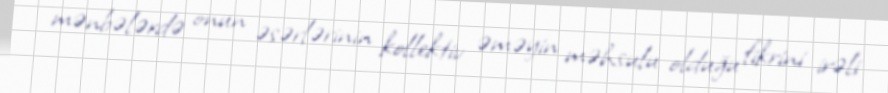
mənbələrdə onun əsərlərinin kollektiv əməyin məhsulu olduğu fikrini irəli